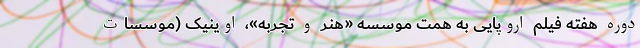
دوره هفته فیلم اروپایی به همت موسسه «هنر و تجربه»، اوینیک (موسسات